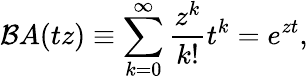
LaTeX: {\mathcal{B}}A(tz)\equiv\sum_{k=0}^{\infty}{\frac{z^{k}}{k!}}t^{k}=e^{zt},